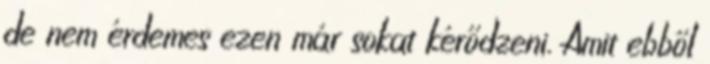
de nem érdemes ezen már sokat kérődzeni. Amit ebből